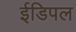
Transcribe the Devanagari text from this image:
ईडिपल